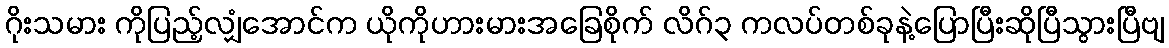
ဂိုးသမား ကိုပြည့်လျှံအောင်က ယိုကိုဟားမားအခြေစိုက် လိဂ်၃ ကလပ်တစ်ခုနဲ့ပြောပြီးဆိုပြီသွားပြီဗျ